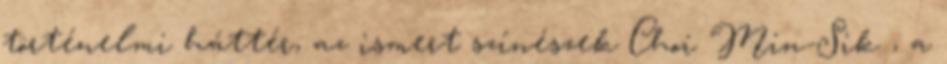
történelmi háttér, az ismert színészek Choi Min-Sik , a